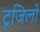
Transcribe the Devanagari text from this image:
टूजिलो